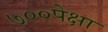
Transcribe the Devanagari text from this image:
७००पेक्षा